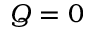
Q = 0